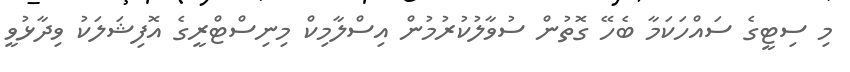
މި ސިޓީގެ ސައްހަކަމާ ބެހޭ ގޮތުން ސުވާލުކުރުމުން އިސްލާމިކް މިނިސްޓްރީގެ އޮފިޝަލަކު ވިދާޅުވީ